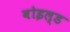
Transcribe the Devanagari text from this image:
बोइल्ड